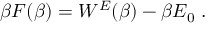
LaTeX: \beta F ( \beta ) = W ^ { E } ( \beta ) - \beta E _ { 0 } ~ .